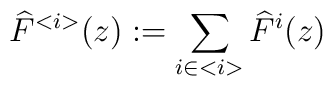
\widehat{F}^{<i>}(z):=\sum _{i\in <i>}\widehat{F}^{i}(z)